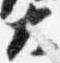
大